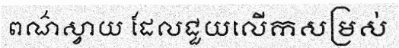
ពណ៌ស្វាយ ដែលជួយលើកសម្រស់